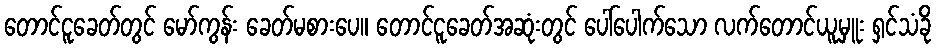
တောင်ငူခေတ်တွင် မော်ကွန်း ခေတ်မစားပေ။ တောင်ငူခေတ်အဆုံးတွင် ပေါ်ပေါက်သော လက်တောင်ယူမှူး ရှင်သံခို